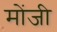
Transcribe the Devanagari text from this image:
मोंजी